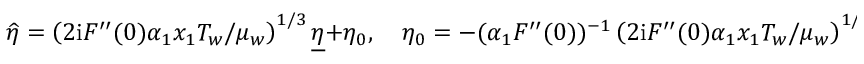
\widehat { \eta } = \left( 2 \mathrm { i } F ^ { \prime \prime } ( 0 ) \alpha _ { 1 } x _ { 1 } T _ { w } / \mu _ { w } \right) ^ { 1 / 3 } \underline { { \eta } } + \eta _ { 0 } , \quad \eta _ { 0 } = - ( \alpha _ { 1 } F ^ { \prime \prime } ( 0 ) ) ^ { - 1 } \left( 2 \mathrm { i } F ^ { \prime \prime } ( 0 ) \alpha _ { 1 } x _ { 1 } T _ { w } / \mu _ { w } \right) ^ { 1 / 3 } .